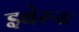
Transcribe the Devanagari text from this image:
इबेरुस